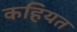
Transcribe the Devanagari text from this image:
कहियत